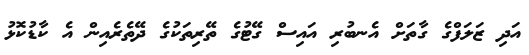
އަދި ޒަލަފްގެ ގާތަށް އެނބުރި އައިސް ގޭޓުގެ ތޭރިތަކުގެ ދޭތެރެއިން އެ ކާޑުކޮޅު